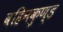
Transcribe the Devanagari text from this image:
वहिनकुण्ड